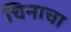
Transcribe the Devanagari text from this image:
चिनाचा